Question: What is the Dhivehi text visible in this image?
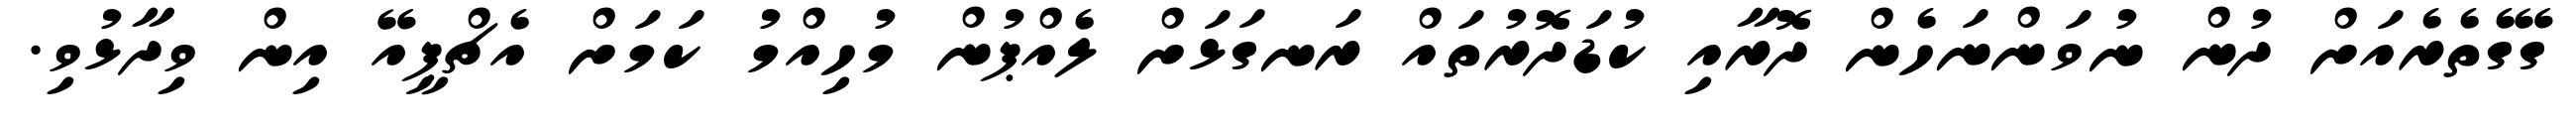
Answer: ގޭގެތެރެއަށް ދުން ނުވަންނަހެން ދޮރާއި ކުޑަދޮރުތައް ރަނގަޅަށް ލެއްޕުން މުހިއްމު ކަމަށް އެޗްޕީއޭ އިން ވިދާޅުވި.